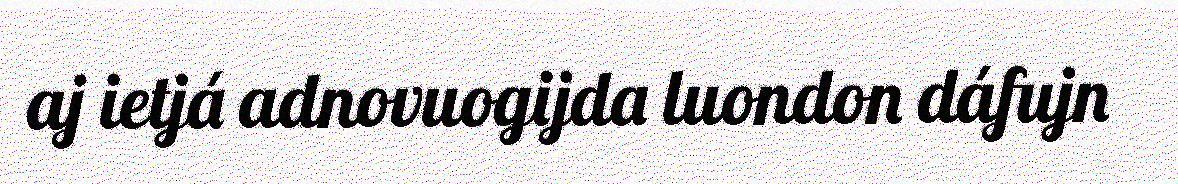
aj ietjá adnovuogijda luondon dáfujn